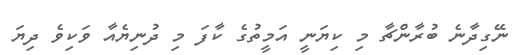
ނޭގިދާނެ ބުރާންޗާ މި ކިޔަނީ އަމީތުގެ ކާފަ މި ދުނިޔެއާ ވަކިވެ ދިޔަ